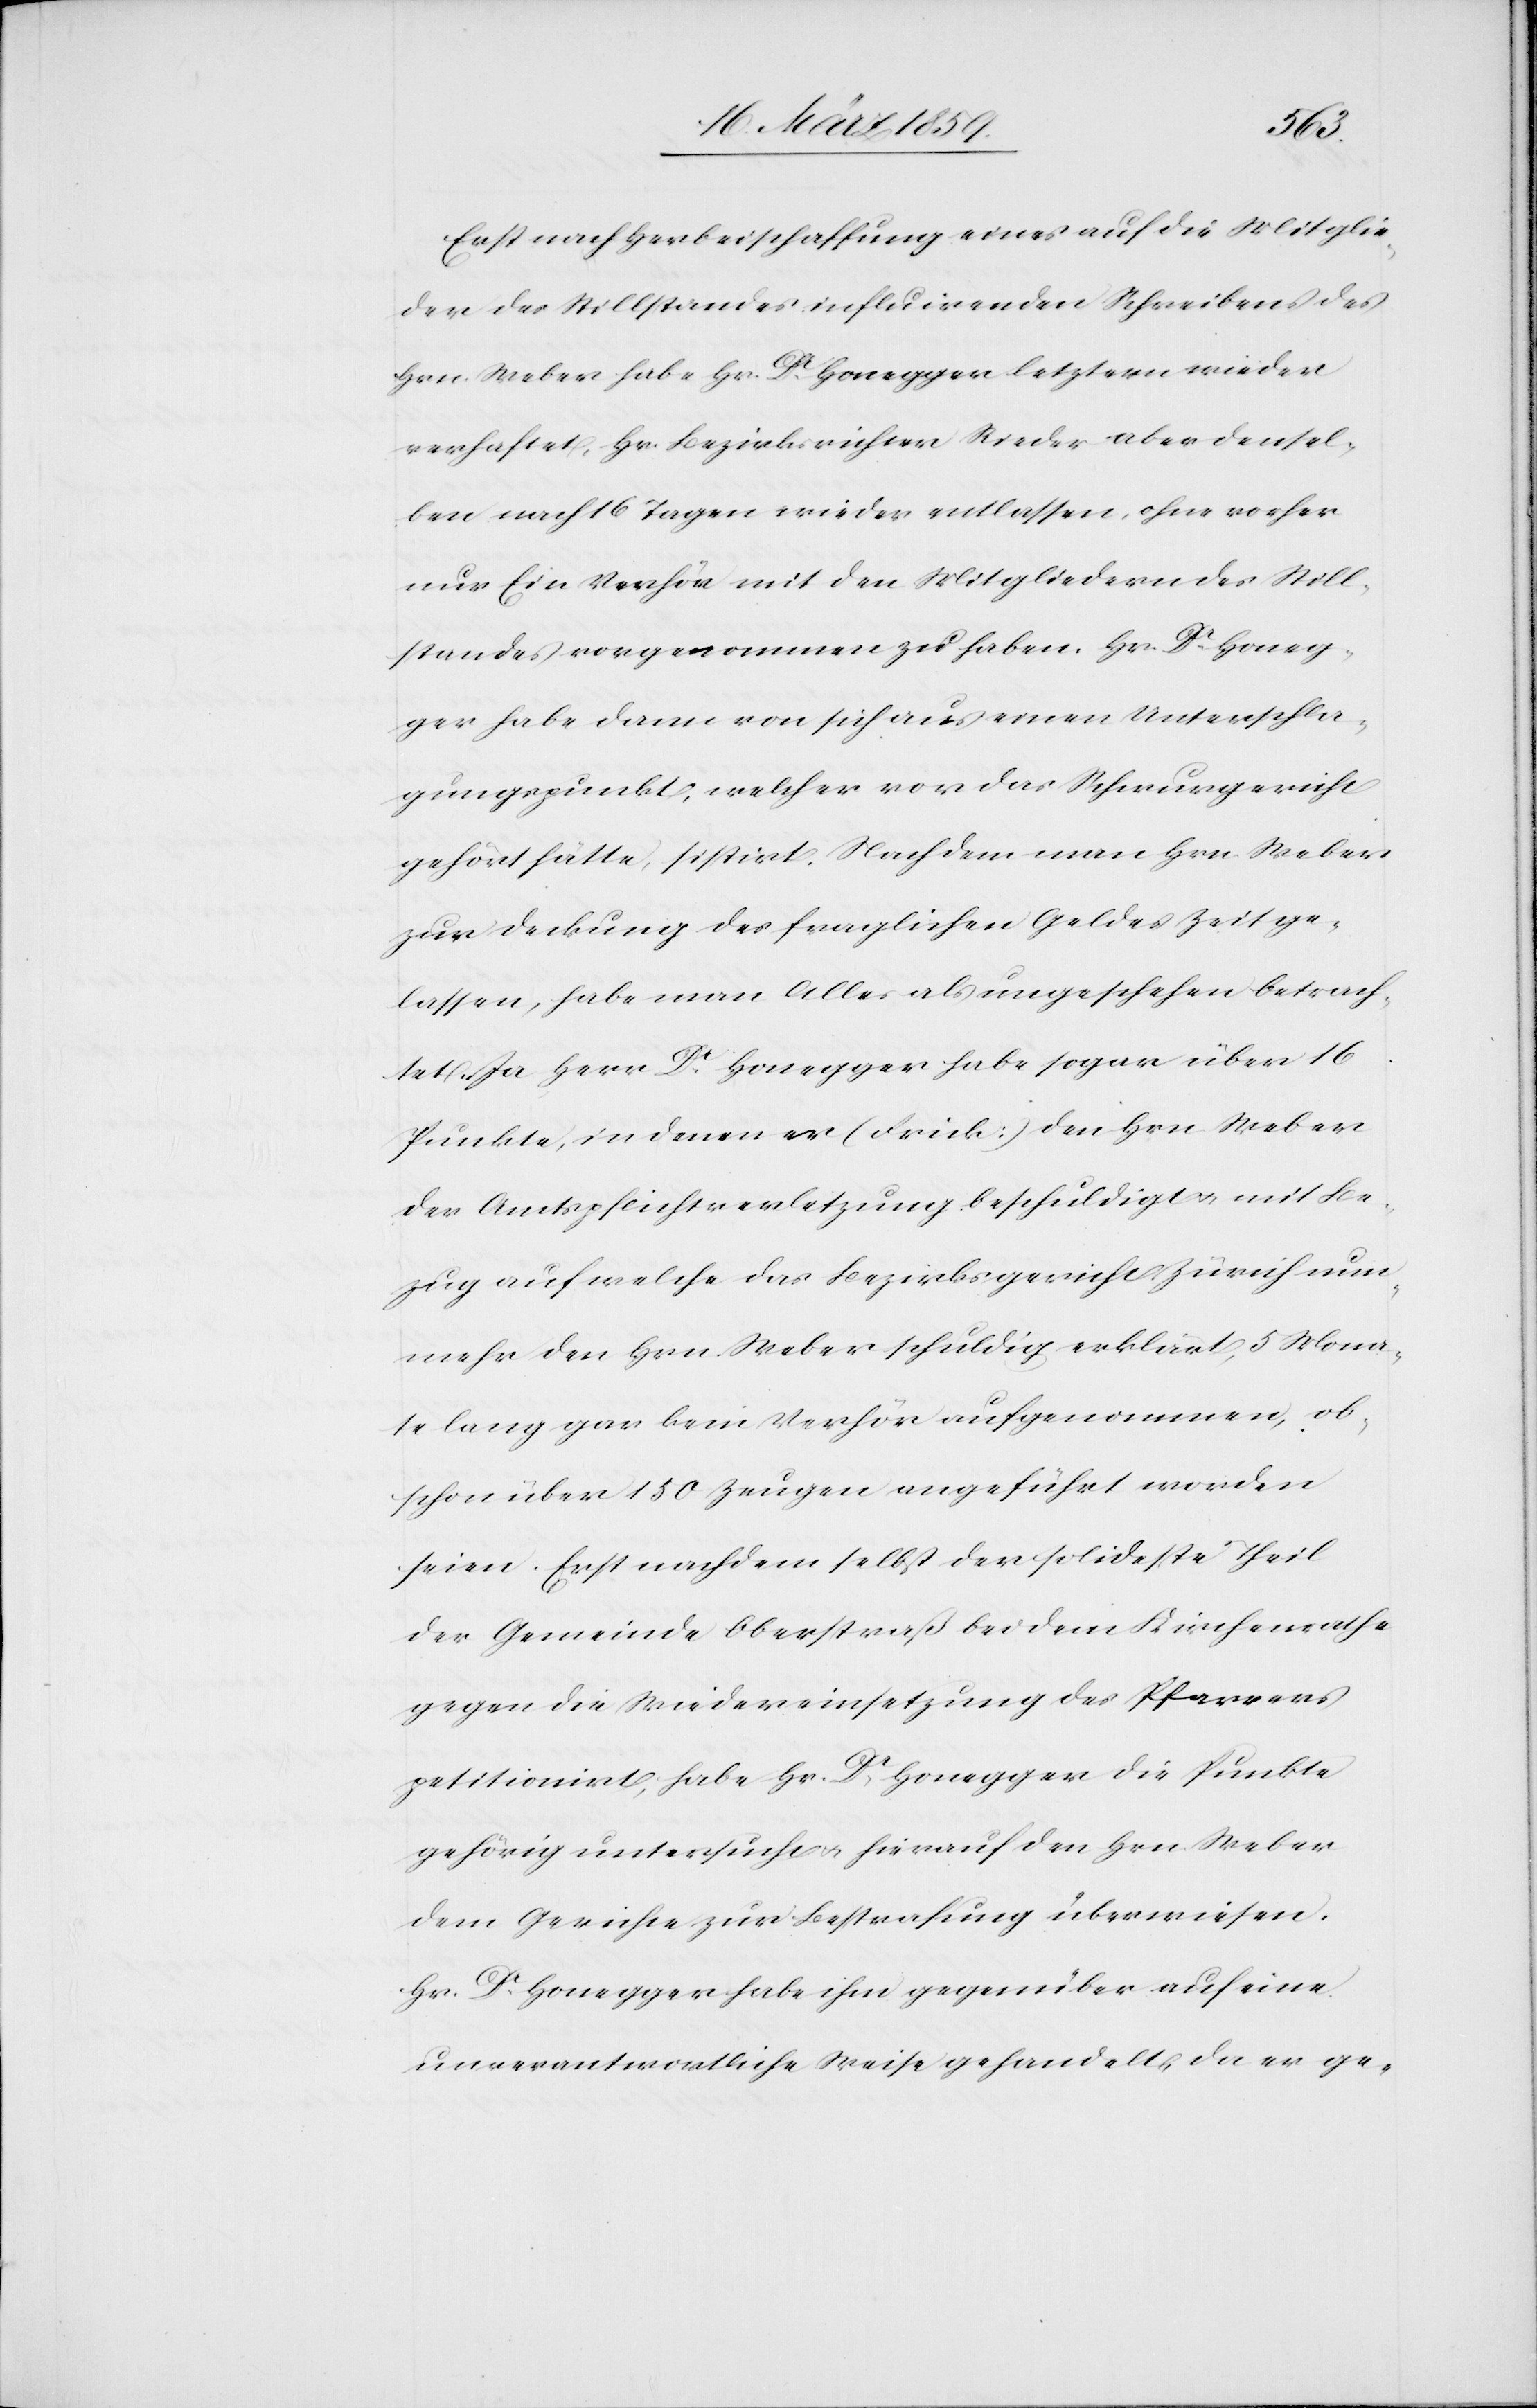
Erst nach Herbeischaffung eines auf die Mitglie¬
der des Stillstandes influirenden Schreibens des
Hrn. Weber habe Hr. Dr. Honegger letztern wieder
verhaftet, Hr. Bezirksrichter Rieder aber densel¬
ben nach 16 Tagen wieder entlassen, ohne vorher
nur Ein Verhör mit den Mitgliedern des Still¬
standes vorgenommen zu haben. Hr. Dr. Honeg¬
ger habe dann von sich aus einen Unterschla¬
gungspunkt, welcher vor das Schwurgericht
gehört hätte, sistirt. Nachdem man Hrn. Weber
zur Deckung des fraglichen Geldes Zeit ge¬
lassen, habe man Alles als ungeschehen betrach¬
tet. Ja Herr Dr. Honegger habe sogar über 16
Punkte, in denen er [Frick] den Hrn. Weber
der Amtspflichtverletzung beschuldigt u. mit Be¬
zug auf welche das Bezirksgericht Zürich nun¬
mehr den Hrn. Weber schuldig erklärt, 5 Mona¬
te lang gar kein Verhör aufgenommen, ob¬
schon über 150 Zeugen angeführt worden
seien. Erst nachdem selbst der solideste Theil
der Gemeinde Oberstraß bei dem Kirchenrathe
gegen die Wiedereinsetzung des Pfarrers
petitionirt, habe Hr. Dr. Honegger die Punkte
gehörig untersucht u. hienach den Hrn. Weber
dem Gerichte zur Bestrafung überwiesen.
Hr. Dr. Honegger habe ihm gegenüber auf eine
unverantwortliche Weise gehandelt, da er ge-